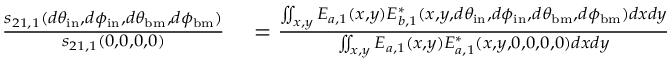
\begin{array} { r l } { \frac { s _ { 2 1 , 1 } ( d \theta _ { \mathrm { i n } } , d \phi _ { \mathrm { i n } } , d \theta _ { \mathrm { b m } } , d \phi _ { \mathrm { b m } } ) } { s _ { 2 1 , 1 } ( 0 , 0 , 0 , 0 ) } } & { { } = \frac { \iint _ { x , y } E _ { a , 1 } ( x , y ) E _ { b , 1 } ^ { * } ( x , y , d \theta _ { \mathrm { i n } } , d \phi _ { \mathrm { i n } } , d \theta _ { \mathrm { b m } } , d \phi _ { \mathrm { b m } } ) d x d y } { \iint _ { x , y } E _ { a , 1 } ( x , y ) E _ { a , 1 } ^ { * } ( x , y , 0 , 0 , 0 , 0 ) d x d y } } \end{array}